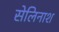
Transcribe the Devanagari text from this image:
सेलिनाश